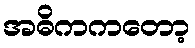
အဓိကကတော့